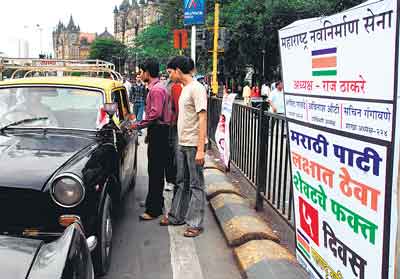
Language: marathi
Transcription: महाराष्ट्र नवनिर्माण सेने मराठी पाटी ठेवा दिवस फक्त ठाकरे